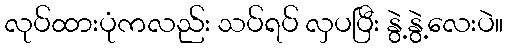
လုပ်ထားပုံကလည်း သပ်ရပ် လှပပြီး နွဲ့နွဲ့လေးပဲ။